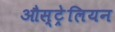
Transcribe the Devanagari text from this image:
औस्ट्रेलियन